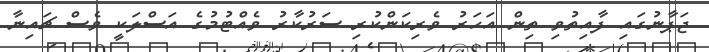
ޖަޕާނުގައި ފާއިތުވި ތިން އަހަރު ވެރިކަންކުރި ސަރުކާރު ވެއްޓުމުގެ އަސްލަކީ ވެސް ޗައިނާ